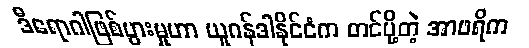
ဒီရောဂါဖြစ်ပွားမှုဟာ ယူဂန်ဒါနိုင်ငံက တင်ပို့တဲ့ အာဖရိက